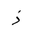
Letter: _thal